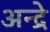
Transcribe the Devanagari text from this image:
अन्द्रे